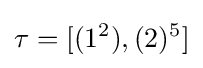
\tau =[(1^{2}),(2)^{5}]